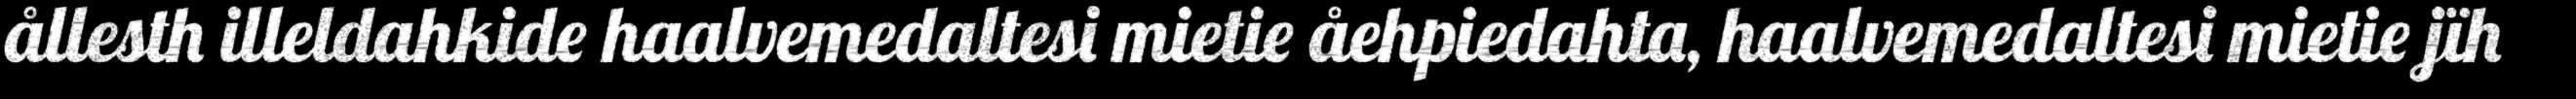
ållesth illeldahkide haalvemedaltesi mietie åehpiedahta, haalvemedaltesi mietie jïh